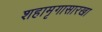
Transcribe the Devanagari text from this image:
शहामृगासारखा